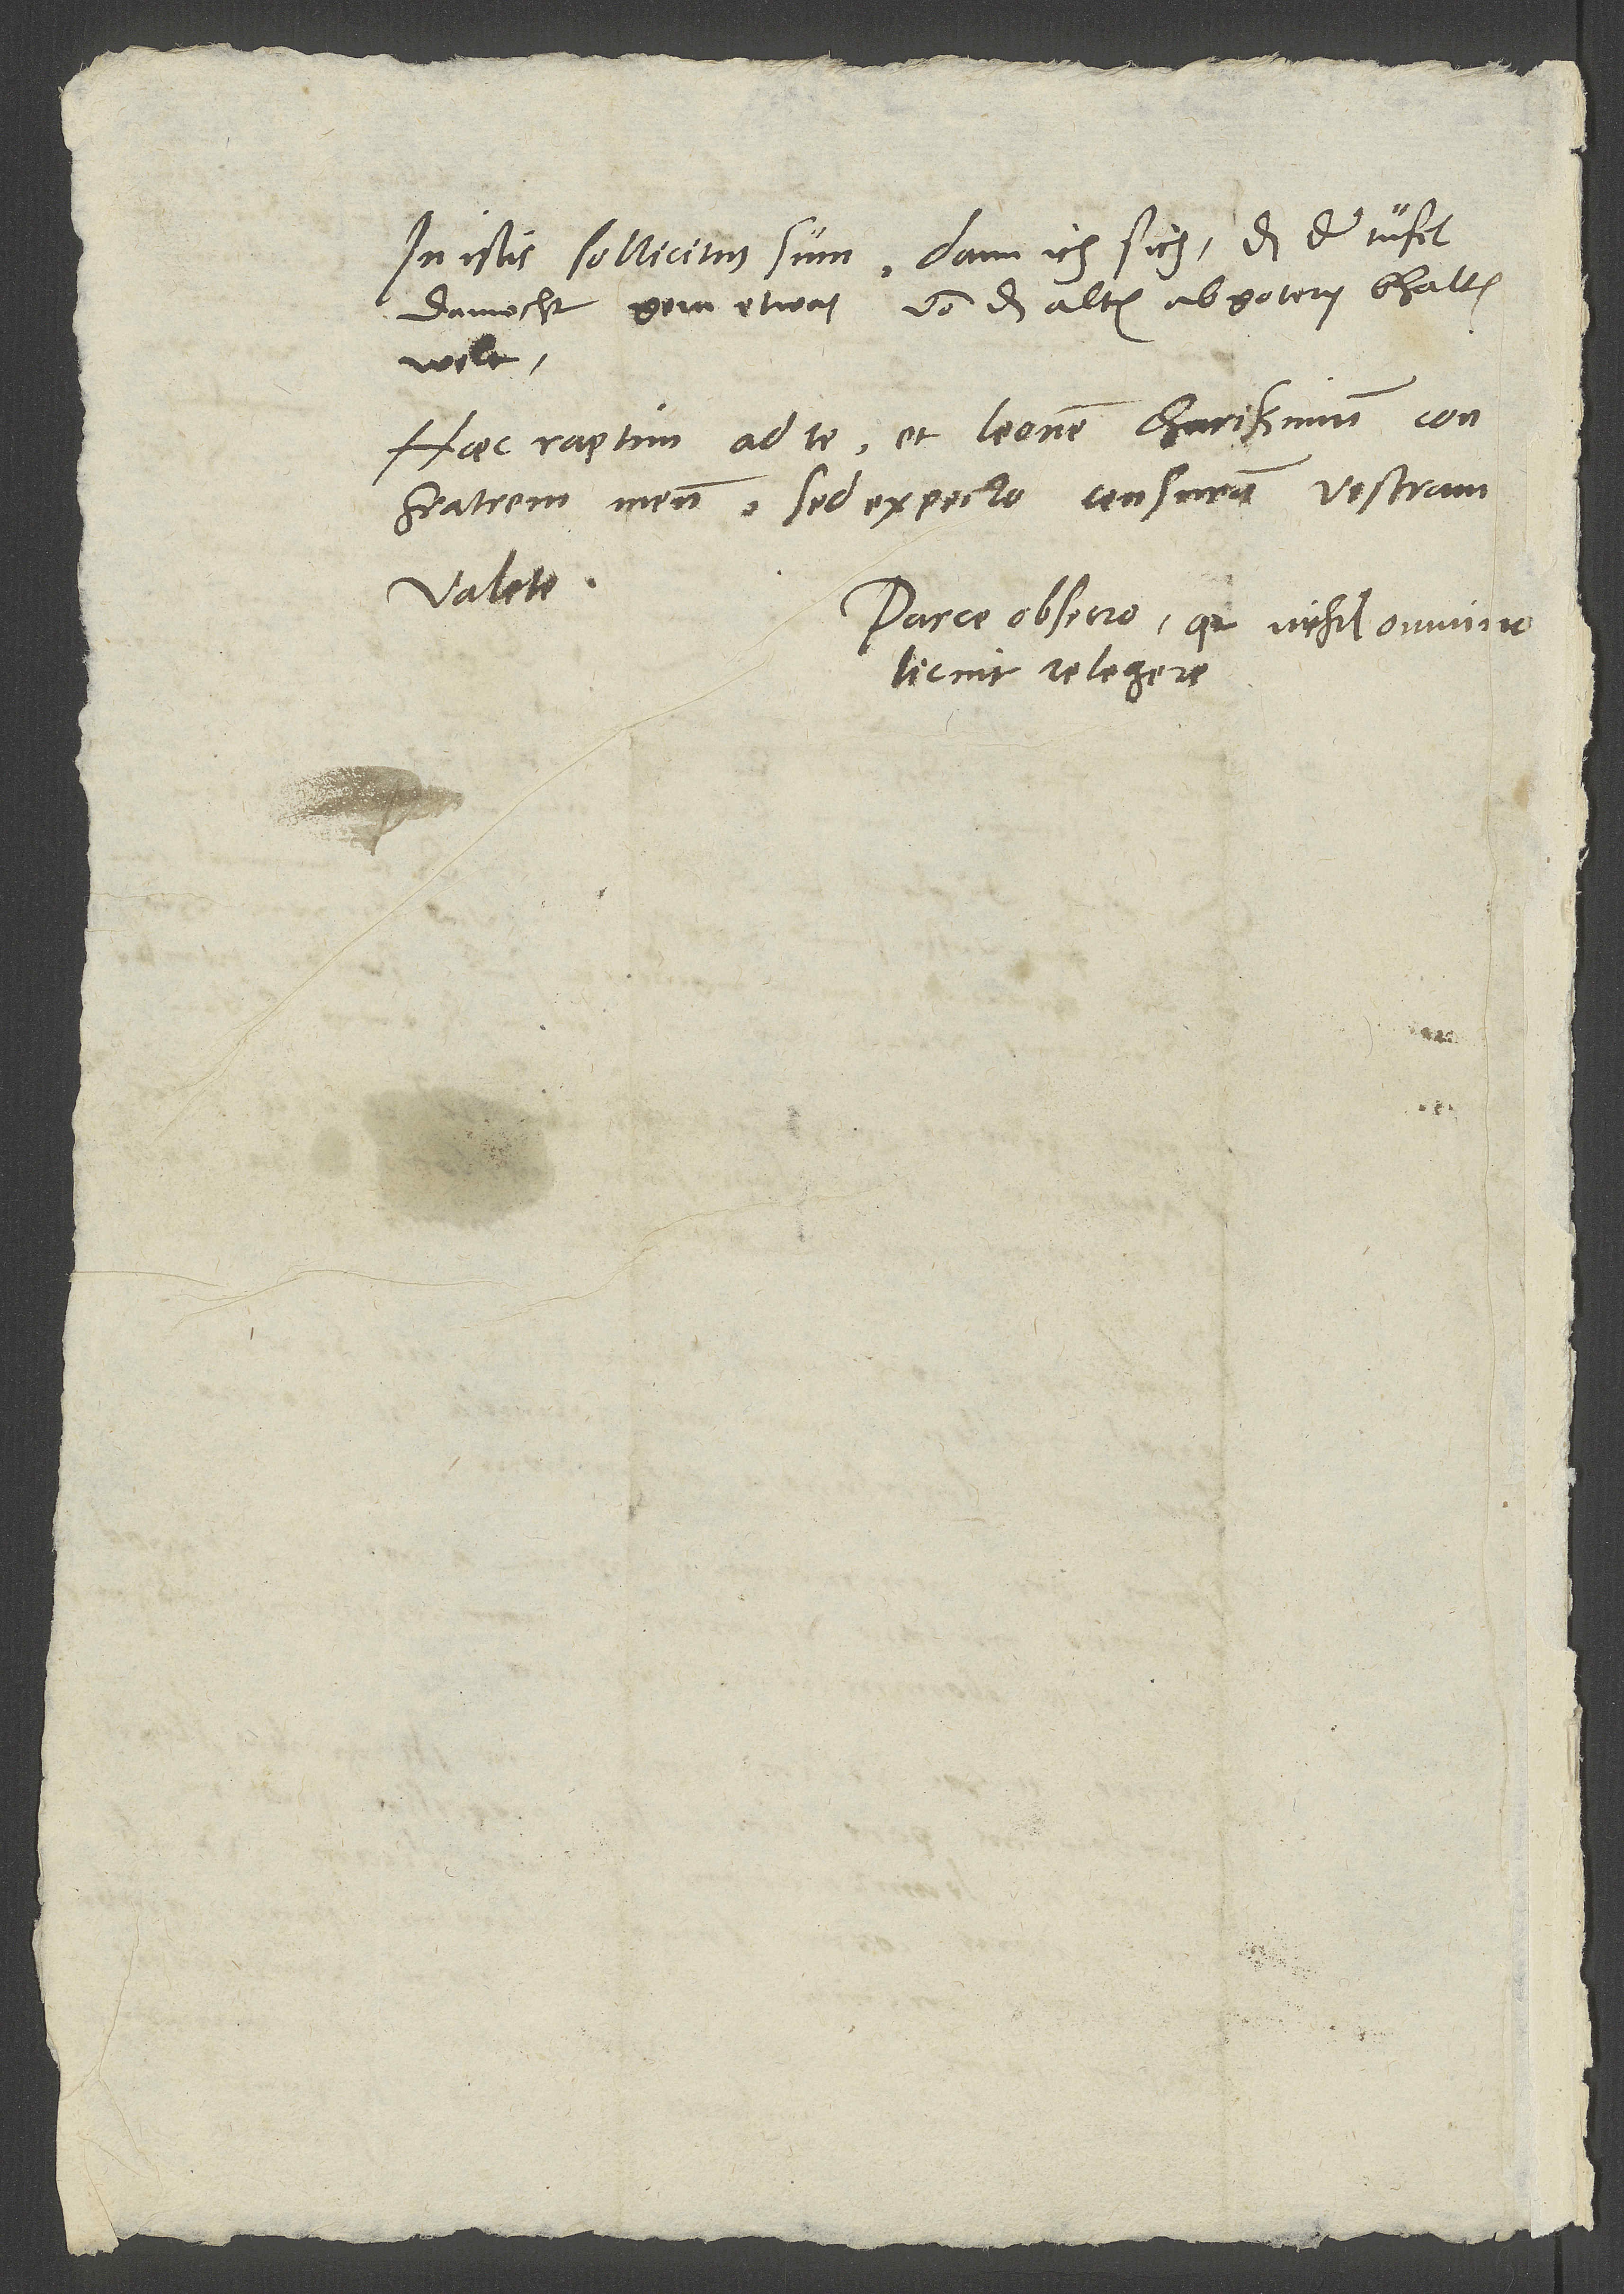
dannocht gern etwas von der alten abgotery bhalten
welt.
Haec raptim ad te et Leonem, charissimum confratrem
Valete.
Parce, obsecro, quia nihil omnino
licuit relegere.